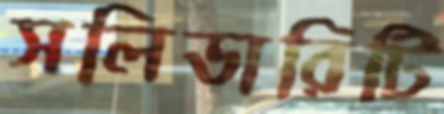
সলিডারিটি